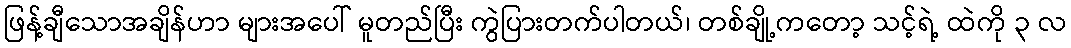
ဖြန့်ချီသောအချိန်ဟာ များအပေါ် မူတည်ပြီး ကွဲပြားတက်ပါတယ်၊ တစ်ချို့ကတော့ သင့်ရဲ့ ထဲကို ၃ လ